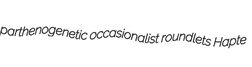
parthenogenetic occasionalist roundlets Hapte